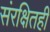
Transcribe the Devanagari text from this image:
संरक्षितही